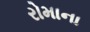
રોમાના